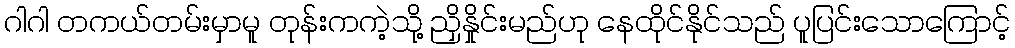
ဂါဂါ တကယ်တမ်းမှာမူ တုန်းကကဲ့သို့ ညှိနှိုင်းမည်ဟု နေထိုင်နိုင်သည် ပူပြင်းသောကြောင့်